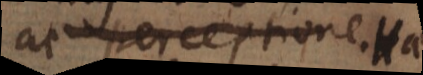
ac perceptione. At